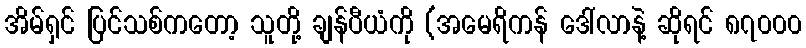
အိမ်ရှင် ပြင်သစ်ကတော့ သူတို့ ချန်ပီယံကို (အမေရိကန် ဒေါ်လာနဲ့ ဆိုရင် ၈၇၀၀၀